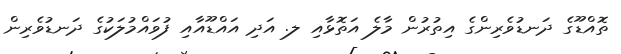
ތޮއްޑޫގެ ދަނޑުވެރިންގެ އިތުރުން މާލެ އަތޮޅާއި ލ. އަދި އައްޑޫއާއި ފުވައްމުލަކުގެ ދަނޑުވެރިން